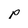
Character: p